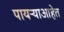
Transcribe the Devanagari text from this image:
पायऱ्याआहेत